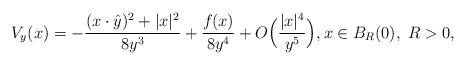
LaTeX: \begin{align*} V_y(x) = -\frac{(x\cdot\hat{y})^2 + |x|^2}{8 y^3} +\frac{f_{}(x)}{8y^4} + O\Big( \frac{|x|^4}{y^5}\Big), x \in B_R(0),\; R>0,\end{align*}